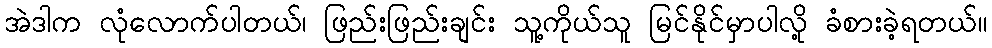
အဲဒါက လုံလောက်ပါတယ်၊ ဖြည်းဖြည်းချင်း သူ့ကိုယ်သူ မြင်နိုင်မှာပါလို့ ခံစားခဲ့ရတယ်။